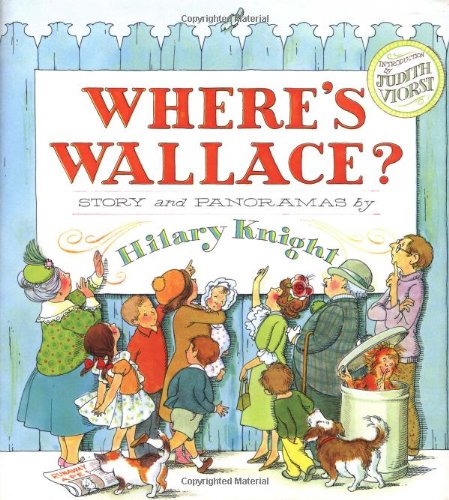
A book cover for Wheres Wallace; Hilary Knight; Children's Books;